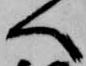
へ